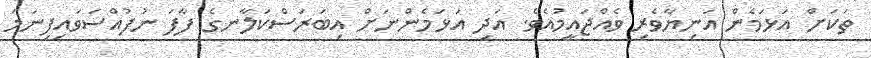
ތަކަށް އަޅަމެން އަނިޔާވެރި ވެއްޖައީމުއެވެ. އަދި އަޅަމެންނަށް އިބަރަސްކަލާނގެ ފާފަ ނުފުއްސަވައިފިނަމަ